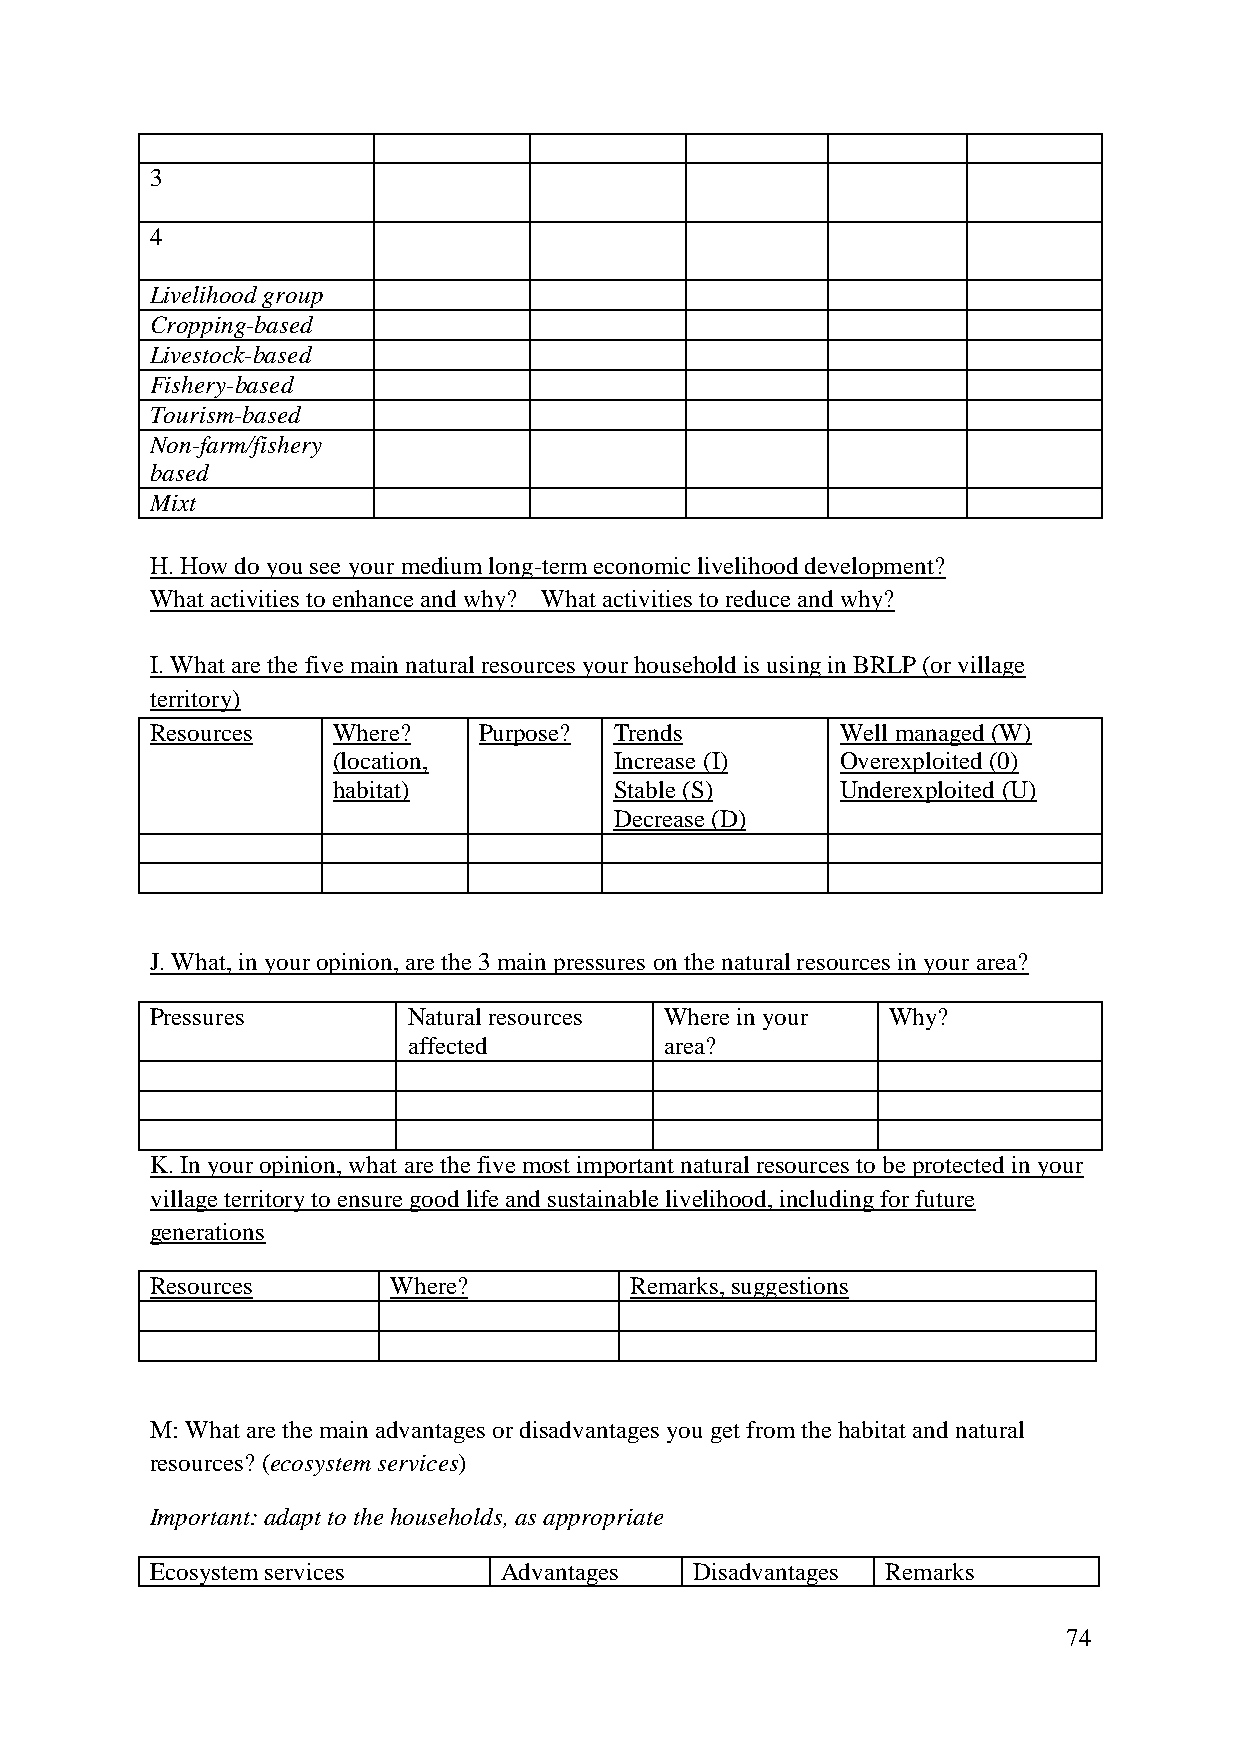
3
 4
 Livelihood group
 Cropping-based
 Livestock-based
 Fishery-based
 Tourism-based
 Non-farm/fishery
 based
 Mixt
 H. How do you see your medium long-term economic livelihood development?
 What activities to enhance and why? What activities to reduce and why?
 I. What are the five main natural resources your household is using in BRLP (or village
 territory)
 Resources   Where?    Purpose? Trends         Well managed (W)
 (location,         Increase (I)   Overexploited (0)
 habitat)           Stable (S)     Underexploited (U)
 Decrease (D)
 J. What, in your opinion, are the 3 main pressures on the natural resources in your area?
 Pressures        Natural resources Where in your Why?
 affected         area?
 K. In your opinion, what are the five most important natural resources to be protected in your
 village territory to ensure good life and sustainable livelihood, including for future
 generations
 Resources       Where?          Remarks, suggestions
 M: What are the main advantages or disadvantages you get from the habitat and natural
 resources? (ecosystem services)
 Important: adapt to the households, as appropriate
 Ecosystem services     Advantages   Disadvantages Remarks
 74